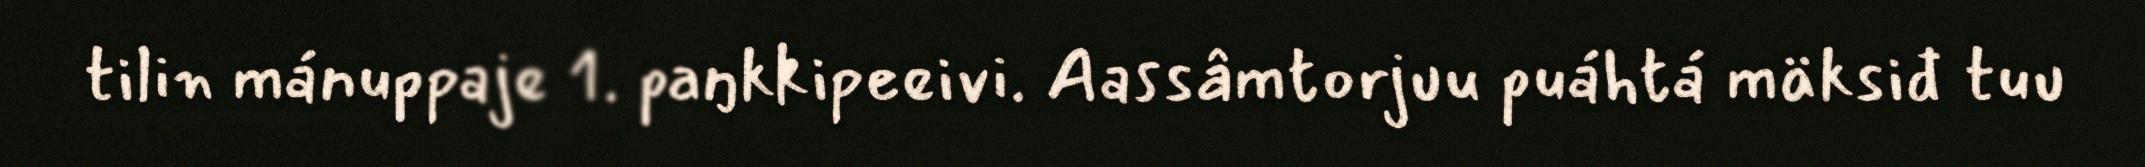
tilin mánuppaje 1. paŋkkipeeivi. Aassâmtorjuu puáhtá mäksiđ tuu